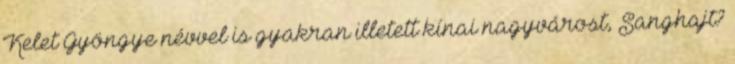
Kelet Gyöngye névvel is gyakran illetett kínai nagyvárost, Sanghajt?